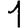
Digit: 1